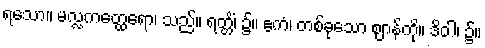
ရသော။ မလ္လကတ္ထေရော၊ သည်။ ရတ္တိံ၊ ၌။ ဧကံ၊ တစ်ခုသော ဈာန်ကို။ ဒိဝါ၊ ၌။